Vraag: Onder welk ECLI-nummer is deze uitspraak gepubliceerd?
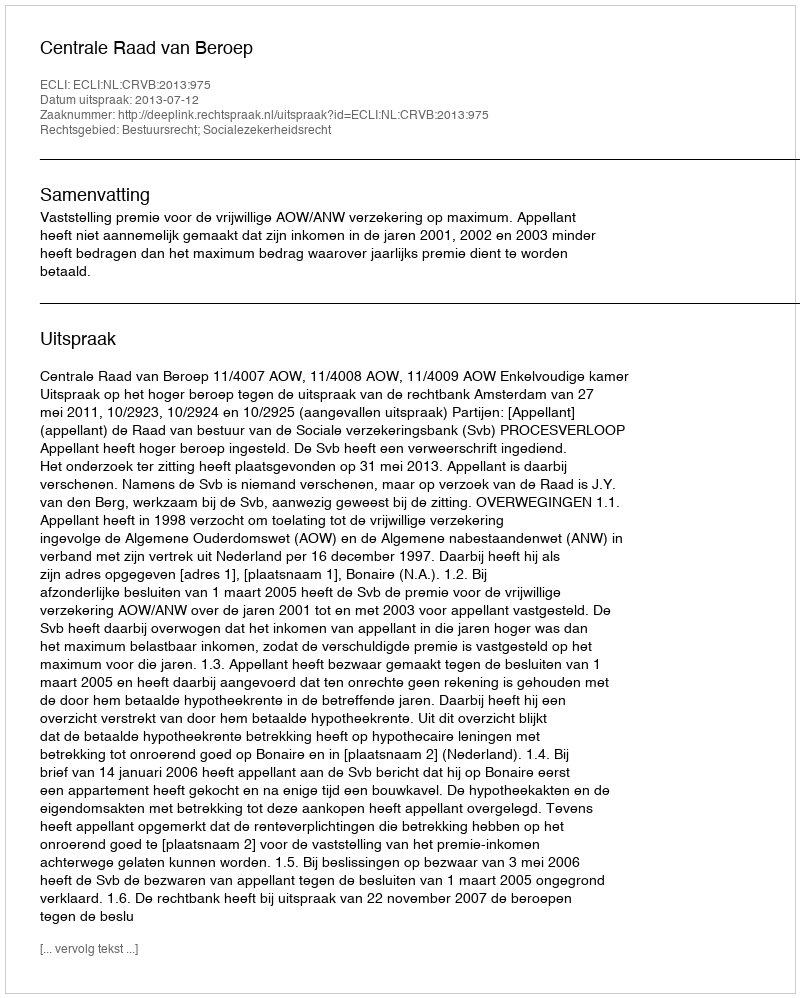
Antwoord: ECLI:NL:CRVB:2013:975